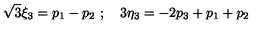
{ \sqrt 3 } { \xi } _ { 3 } = p _ { 1 } - p _ { 2 } \ ; \quad 3 { \eta } _ { 3 } = - 2 p _ { 3 } + p _ { 1 } + p _ { 2 }